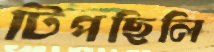
টিপছিলি